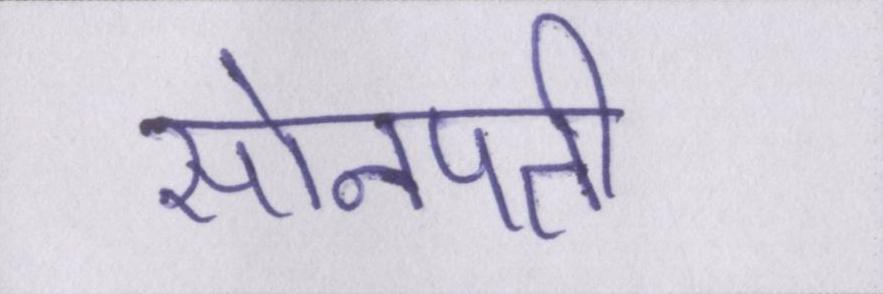
सोनपती